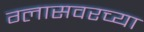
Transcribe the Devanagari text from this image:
ग्लासवरच्या